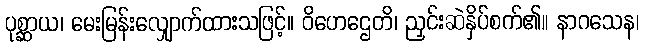
ပုစ္ဆာယ၊ မေးမြန်းလျှောက်ထားသဖြင့်။ ဝိဟေဌေတိ၊ ညှင်းဆဲနှိပ်စက်၏။ နာဂသေန၊